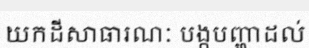
យកដីសាធារណៈ បង្កបញ្ហាដល់